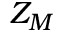
Z _ { M }